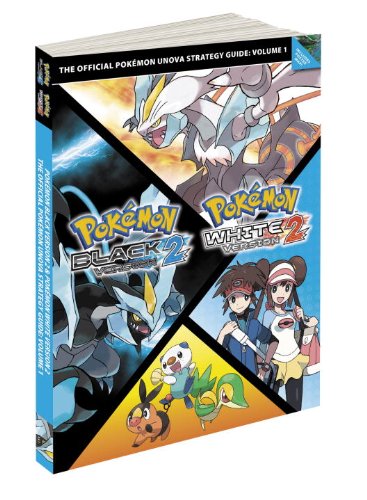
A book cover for Pokemon Black Version 2 & Pokemon White Version 2 Scenario Guide: The Official Pokemon Strategy Guide (Prima Official Game Guides: PokÃ©mon); Pokemon Company International; Computers & Technology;